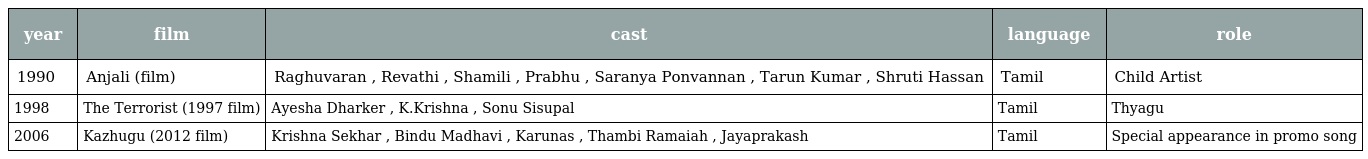
| year | film | cast | language | role |
 | --- | --- | --- | --- | --- |
 | 1990 | Anjali (film) | Raghuvaran , Revathi , Shamili , Prabhu , Saranya Ponvannan , Tarun Kumar , Shruti Hassan | Tamil | Child Artist |
 | 1998 | The Terrorist (1997 film) | Ayesha Dharker , K.Krishna , Sonu Sisupal | Tamil | Thyagu |
 | 2006 | Kazhugu (2012 film) | Krishna Sekhar , Bindu Madhavi , Karunas , Thambi Ramaiah , Jayaprakash | Tamil | Special appearance in promo song |